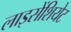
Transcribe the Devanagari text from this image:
लाइसेंशियेट